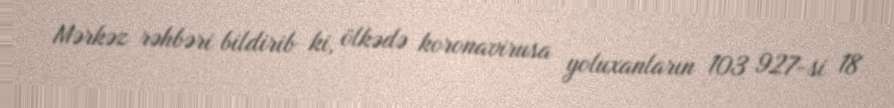
Mərkəz rəhbəri bildirib ki, ölkədə koronavirusa yoluxanların 103 927-si 18